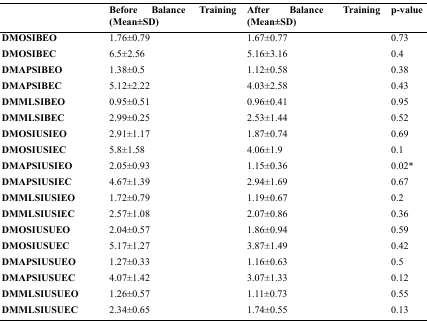
<table><thead><tr><td></td><td><b>Before Balance Training (Mean±SD)</b></td><td><b>After Balance Training (Mean±SD)</b></td><td><b>p-value</b></td></tr></thead><tbody><tr><td><b>DMOSIBEO</b></td><td>1.76±0.79</td><td>1.67±0.77</td><td>0.73</td></tr><tr><td><b>DMOSIBEC</b></td><td>6.5±2.56</td><td>5.16±3.16</td><td>0.4</td></tr><tr><td><b>DMAPSIBEO</b></td><td>1.38±0.5</td><td>1.12±0.58</td><td>0.38</td></tr><tr><td><b>DMAPSIBEC</b></td><td>5.12±2.22</td><td>4.03±2.58</td><td>0.43</td></tr><tr><td><b>DMMLSIBEO</b></td><td>0.95±0.51</td><td>0.96±0.41</td><td>0.95</td></tr><tr><td><b>DMMLSIBEC</b></td><td>2.99±0.25</td><td>2.53±1.44</td><td>0.52</td></tr><tr><td><b>DMOSIUSIEO</b></td><td>2.91±1.17</td><td>1.87±0.74</td><td>0.69</td></tr><tr><td><b>DMOSIUSIEC</b></td><td>5.8±1.58</td><td>4.06±1.9</td><td>0.1</td></tr><tr><td><b>DMAPSIUSIEO</b></td><td>2.05±0.93</td><td>1.15±0.36</td><td>0.02*</td></tr><tr><td><b>DMAPSIUSIEC</b></td><td>4.67±1.39</td><td>2.94±1.69</td><td>0.67</td></tr><tr><td><b>DMMLSIUSIEO</b></td><td>1.72±0.79</td><td>1.19±0.67</td><td>0.2</td></tr><tr><td><b>DMMLSIUSIEC</b></td><td>2.57±1.08</td><td>2.07±0.86</td><td>0.36</td></tr><tr><td><b>DMOSIUSUEO</b></td><td>2.04±0.57</td><td>1.86±0.94</td><td>0.59</td></tr><tr><td><b>DMOSIUSUEC</b></td><td>5.17±1.27</td><td>3.87±1.49</td><td>0.42</td></tr><tr><td><b>DMAPSIUSUEO</b></td><td>1.27±0.33</td><td>1.16±0.63</td><td>0.5</td></tr><tr><td><b>DMAPSIUSUEC</b></td><td>4.07±1.42</td><td>3.07±1.33</td><td>0.12</td></tr><tr><td><b>DMMLSIUSUEO</b></td><td>1.26±0.57</td><td>1.11±0.73</td><td>0.55</td></tr><tr><td><b>DMMLSIUSUEC</b></td><td>2.34±0.65</td><td>1.74±0.55</td><td>0.13</td></tr></tbody></table>